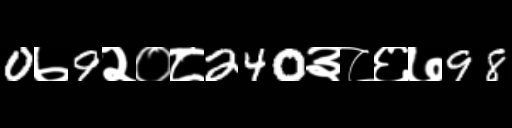
Text: 0७9२०८240३८६७98